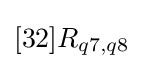
[32]R_{q7,q8}